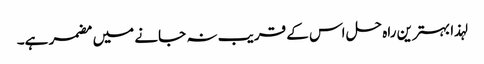
لہذا بہترین راہ حل اس کے قریب نہ جانے میں مضمر ہے۔